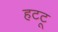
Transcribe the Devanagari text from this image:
हटटू